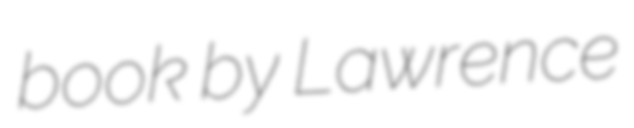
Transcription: book by Lawrence